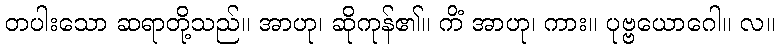
တပါးသော ဆရာတို့သည်။ အာဟု၊ ဆိုကုန်၏။ ကိံ အာဟု၊ ကား။ ပုဗ္ဗယောဂေါ။ လ။